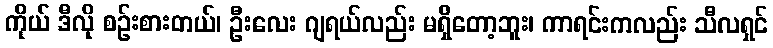
ကိုယ် ဒီလို စဉ်းစားတယ်၊ ဦးလေး ဂျရယ်လည်း မရှိတော့ဘူး၊ ကာရင်းကလည်း သီလရှင်